Annual vaccination report of Bihar and Orissa - 1911-1928
Year: 1911
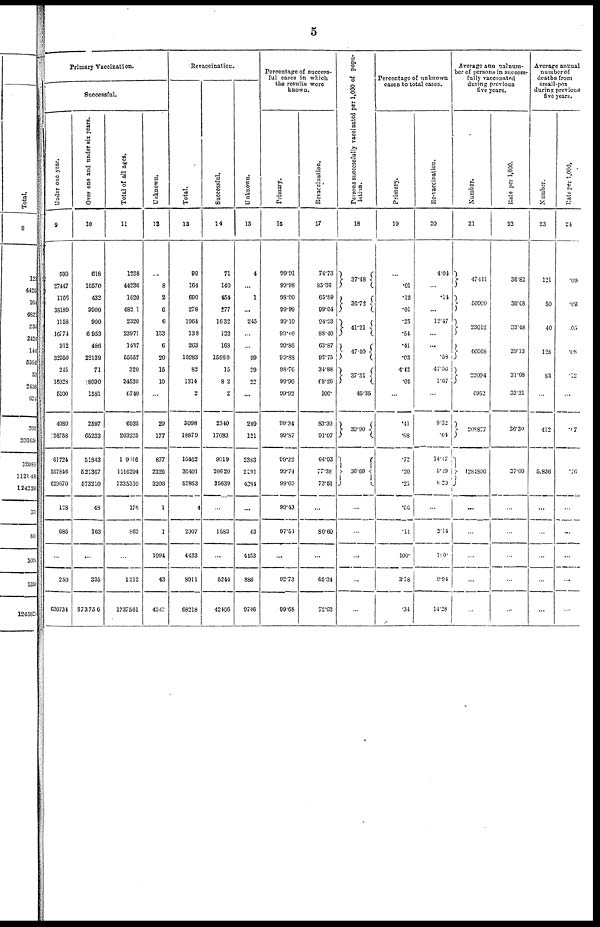
5
Primary Vaccination.
Successful.
Under one year.
9
599
27447
1166
38180
1158
16774
912
32950
245
16928
5100
4080
36758
61724
567846
629670
128
686
...
250
630734
Over one and under six years.
10
618
16570
432
9900
900
6953
486
22139
71
28090
1581
2597
65233
51843
521367
573210
48
163
...
335
573756
Total of all ages.
11
1238
44236
1620
48211
2320
23971
1437
55557
320
24530
6740
6935
203235
19016
1116294
1235310
176
863
...
1212
1237561
Unknown.
12
...
8
2
6
6
133
6
20
15
10
...
29
177
877
2326
3203
1
1
1094
43
4342
Revaccination.
Total.
13
99
164
690
278
1964
138
263
16983
82
1314
2
3098
18879
16462
36401
52863
4
2007
4433
8911
68218
Successful.
14
71
140
454
277
1632
122
168
15660
15
82
2
2340
17083
9019
26620
35639
...
1583
...
5244
42466
Unknown.
15
4
...
1
...
245
...
...
99
39
22
...
289
121
2383
2901
4384
...
43
4133
886
9746
Percentage of success-
ful cases in which
the results were
known.
Primary.
16
99.91
99.98
98.90
99.99
99.10
99.40
99.86
99.88
98.76
99.90
99.92
99.34
99.87
99.22
90.74
99.69
99.43
97.51
...
92.73
99.68
Revaccination.
17
74.73
85.36
65.89
99.64
94.93
88.40
63.87
92.75
34.88
68.26
100.
83.30
91.07
64.03
77.38
73.51
...
80.60
...
65.34
72.63
Persons successfully vaccinated per 1,000 of popu-
lation.
18
37.48
36.72
41.21
47.40
37.31
45.35
39.90
36.09
...
...
...
...
...
Percentage of unknown
cases to total cases.
Primary.
19
...
.01
.12
.01
.25
.54
.41
.03
4.42
.04
...
.41
.08
.72
.20
.25
.56
.11
100.
3.18
.34
Re-vaccination.
20
4.04
...
.14
...
12.47
...
...
.58
47.50
1.67
...
9.32
.64
14.47
5.49
8.20
...
3.14
100.
9.91
14.28
Average annual num-
ber of persons in success-
fully vaccenated
during previous
five years.
Number.
21
47441
50900
23012
60568
22004
4952
208877
1284800
...
...
...
...
...
Rate
per 1,000.
22
36.82
36.68
33.48
39.13
31.68
33.31
36.30
37.00
...
...
...
...
...
Average annual
number of
deaths from
small-pox
during previous
five years.
Number.
23
121
50
40
128
83
...
412
5,836
...
...
...
...
...
Rate per 1,000.
24
.09
.08
.05
.08
.12
...
.87
.16
...
...
...
...
...